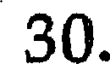
30.